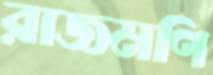
রাজমণি